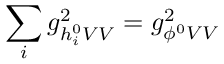
\sum _ { i } g _ { h _ { i } ^ { 0 } V V } ^ { 2 } = g _ { \phi ^ { 0 } V V } ^ { 2 }